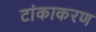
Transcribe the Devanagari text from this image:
टांकाकरण